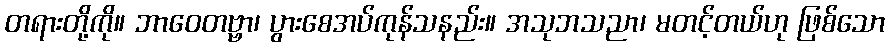
တရားတို့ကို။ ဘာဝေတဗ္ဗာ၊ ပွားစေအပ်ကုန်သနည်း။ အသုဘသညာ၊ မတင့်တယ်ဟု ဖြစ်သော